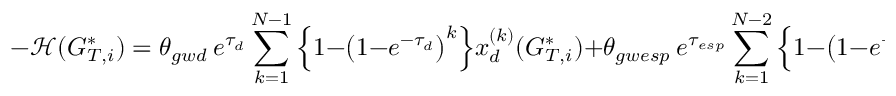
- \mathcal { H } ( G _ { T , i } ^ { * } ) = \theta _ { g w d } \ e ^ { \tau _ { d } } \sum _ { k = 1 } ^ { N - 1 } \Big \{ 1 - \big ( 1 - e ^ { - \tau _ { d } } \big ) ^ { k } \Big \} x _ { d } ^ { ( k ) } ( G _ { T , i } ^ { * } ) + \theta _ { g w e s p } \ e ^ { \tau _ { e s p } } \sum _ { k = 1 } ^ { N - 2 } \Big \{ 1 - \big ( 1 - e ^ { - \tau _ { e s p } } \big ) ^ { k } \Big \} x _ { e s p } ^ { ( k ) } ( G _ { T , i } ^ { * } ) \ ,